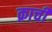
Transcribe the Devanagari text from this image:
क्राची